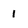
Character: 1